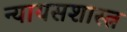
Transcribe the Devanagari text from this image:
न्यायसशास्त्र